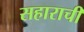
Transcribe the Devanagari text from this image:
सहाराची